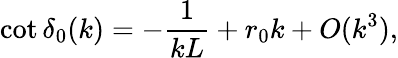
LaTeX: \cot\delta_{0}(k)=-\frac{1}{kL}+r_{0}k+O(k^{3}),